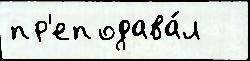
пр'еподава́л